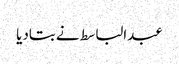
عبدالباسط نے بتادیا